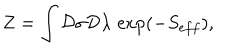
Z = \int { \cal D } \sigma { \cal D } \lambda \, \exp ( - S _ { e f f } ) ,